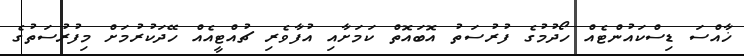
ޚާއްސަ ޑިސްކައުންޓެއް ހޯދުމުގެ ފުރުސަތު އޮބައޮތް ކަމަށާއި އުފާވެރި ޗުއްޓީއެއް ހޭދަކުރުމަށް މިފުރުސަތުގެ